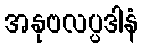
အနုဗလပ္ပဒါနံ